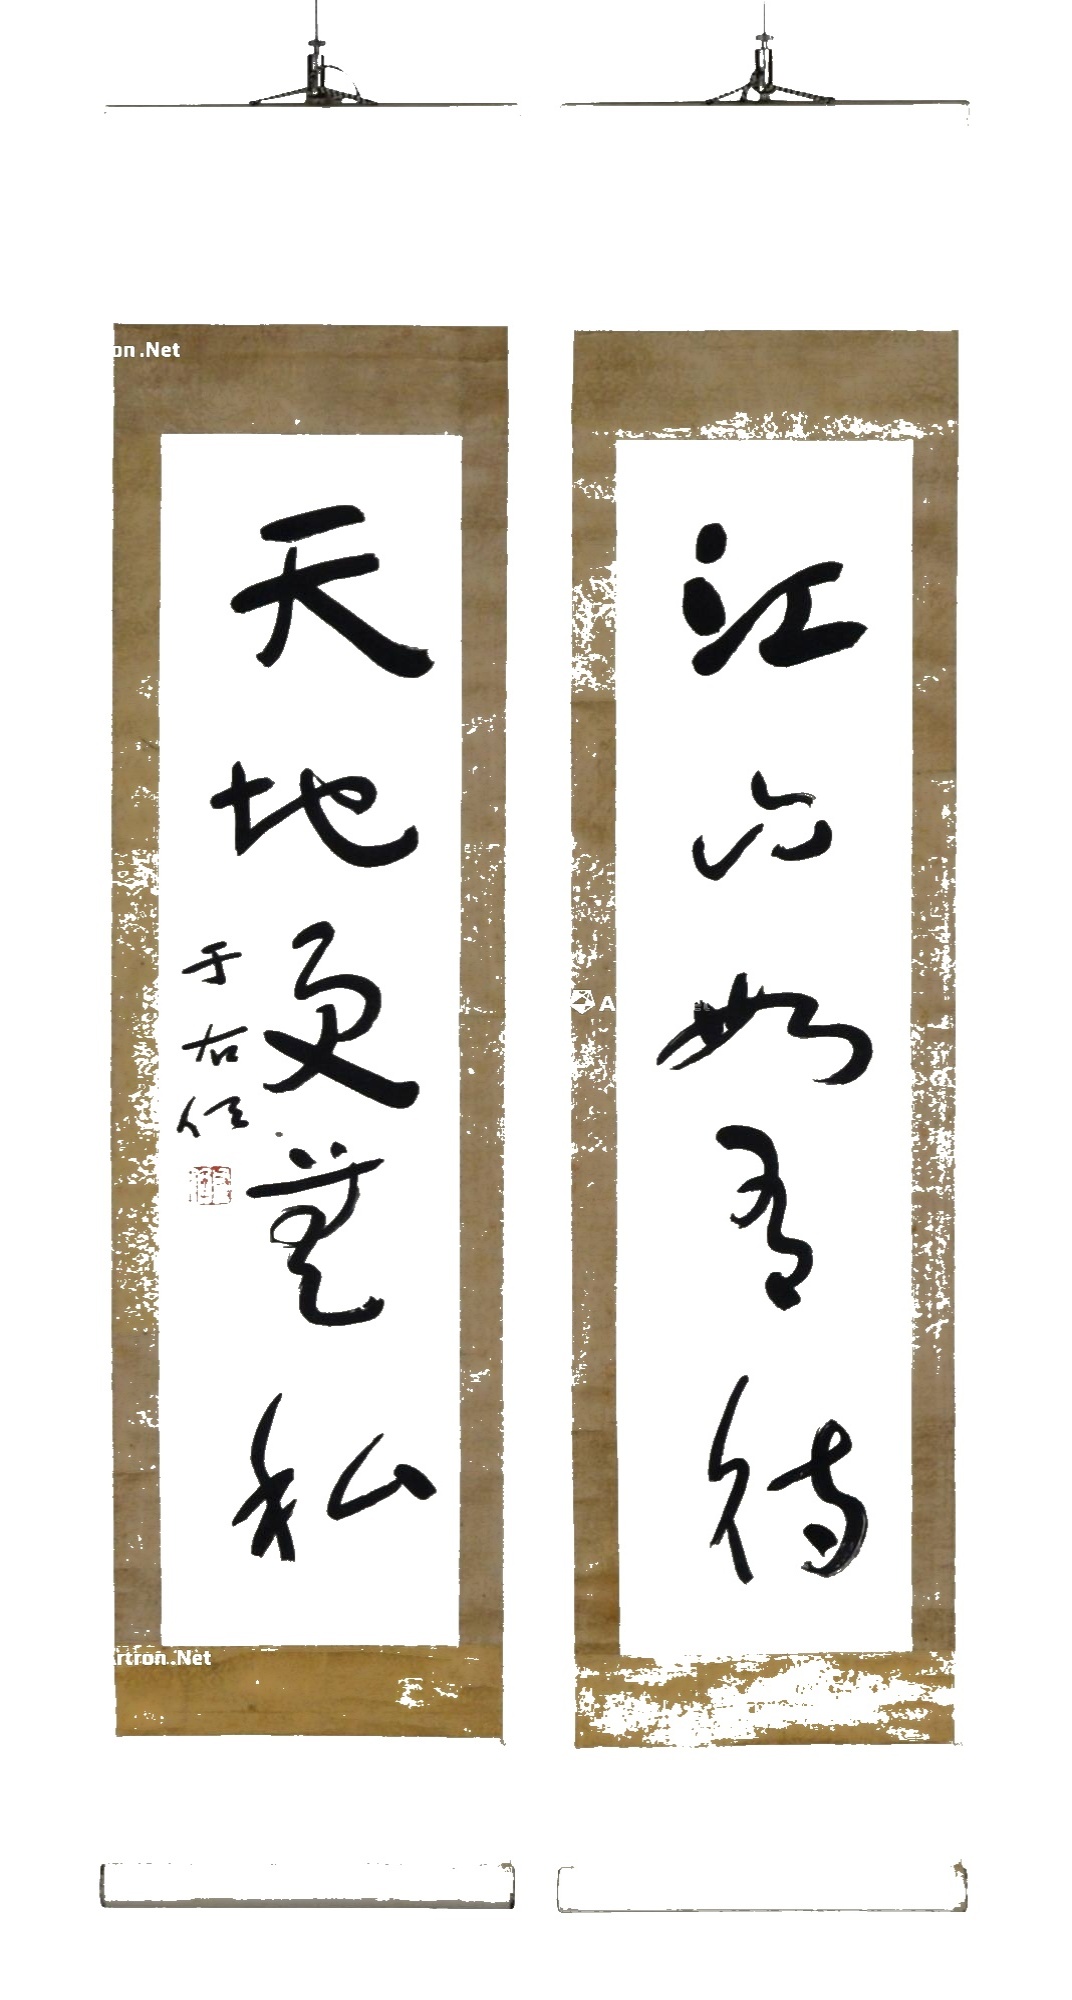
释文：江山如有待，天地更无私。于右任